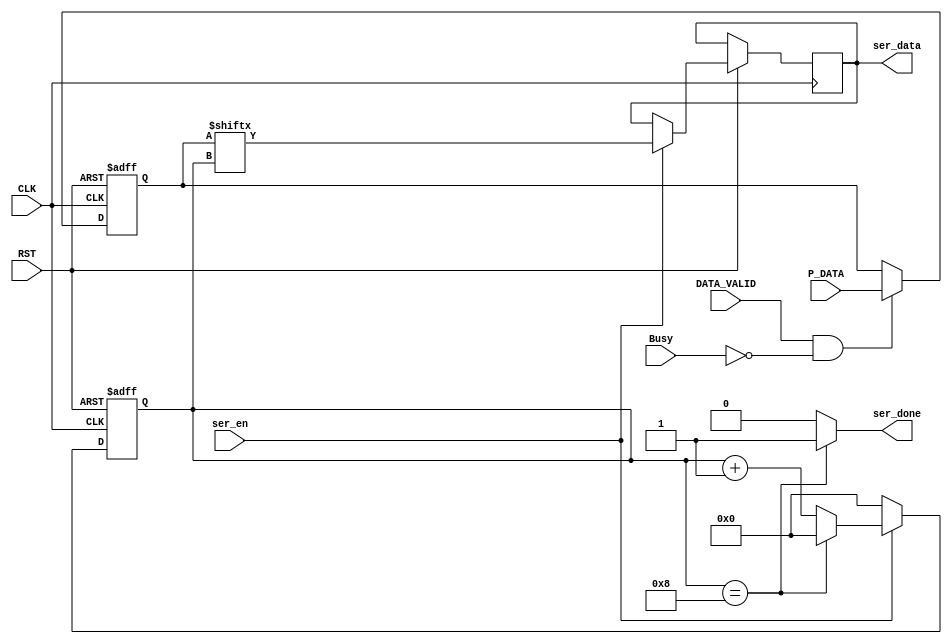
module Serializer # ( parameter WIDTH = 8 )

(
 input   wire                  CLK,
 input   wire                  RST,
 input   wire   [WIDTH-1:0]    P_DATA,
 input   wire                  ser_en, 
 input   wire                  Busy,
 input   wire                  DATA_VALID, 

 output  reg                   ser_data,
 output  wire                  ser_done
);

reg  [WIDTH-1:0]    tmp_frame ;
reg  [3:0]          counter ;



	always @ (posedge CLK or negedge RST) begin
		 if(!RST) tmp_frame <= 8'd0 ;

		 else if (DATA_VALID && !Busy) begin
			tmp_frame <= P_DATA ; // sampling the input data once at the beggining 
		end

	end



// counter always block 
	always@ (posedge CLK or negedge RST) begin
		if(!RST) begin
			counter <= 4'b0 ;
		end
		else if (ser_en) begin

			ser_data <= tmp_frame[counter] ;
			counter <= counter + 1 ;

			if (counter == 4'd8) begin
				counter  <= 4'd0 ;
			end
			
		end 
		else counter <= 0 ;
	end 


	assign ser_done = (counter == 4'd8) ? 1'b1 : 1'b0 ;



endmodule